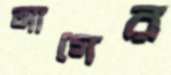
আগের